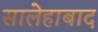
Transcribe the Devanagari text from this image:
सालेहाबाद